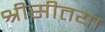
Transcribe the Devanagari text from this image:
श्रीसीतया